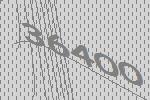
36400